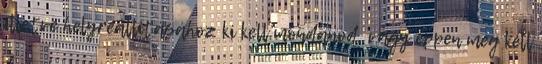
illetve helyreállításához ki kell mondanod, vagy éppen meg kell